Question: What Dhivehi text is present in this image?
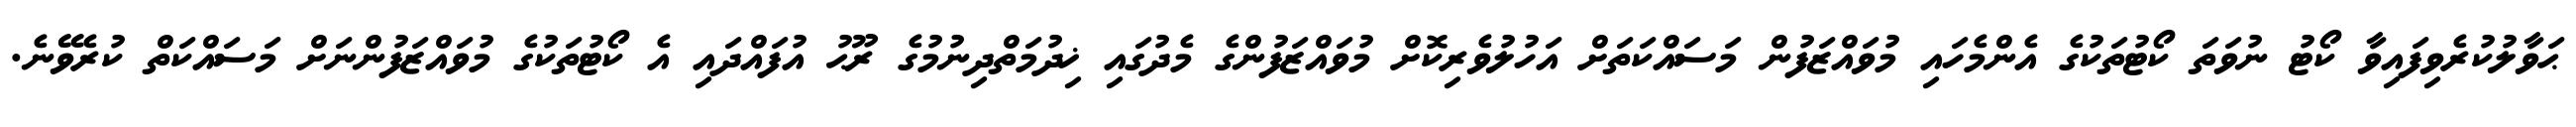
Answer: ޙަވާލުކުރެވިފައިވާ ކޯޓު ނުވަތަ ކޯޓުތަކުގެ އެންމެހައި މުވައްޒަފުން މަސައްކަތަށް އަހުލުވެރިކޮށް މުވައްޒަފުންގެ މެދުގައި ޚިދުމަތްދިނުމުގެ ރޫޙު އުފައްދައި އެ ކޯޓުތަކުގެ މުވައްޒަފުންނަށް މަސައްކަތް ކުރެވޭނެ.